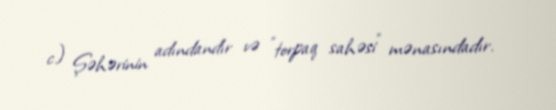
c) Şəhərinin adındandır və "torpaq sahəsi" mənasındadır.